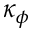
\kappa _ { \phi }